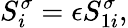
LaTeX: S_{i}^{\sigma}=\epsilon S_{1i}^{\sigma},